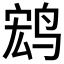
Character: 𲍺